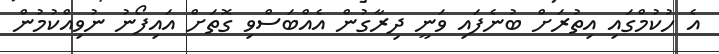
އެ ހުކުމްގައި އިތުރަށް ބުނެފައި ވަނީ ދިރާގުން އެއްބަސްވި ގޮތަށް އައިފޯނު ނުވިއްކުމުން